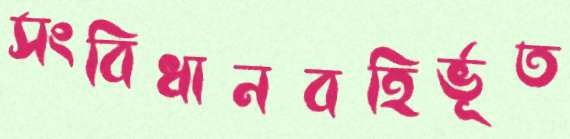
সংবিধানবহির্ভূত